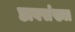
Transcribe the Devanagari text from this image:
डावसंख्या